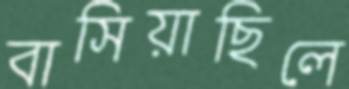
বাসিয়াছিলে